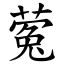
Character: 蒬